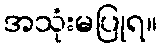
အသုံးမပြုရ။